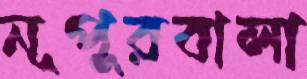
নূপুরবালা